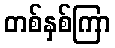
တစ်နှစ်ကြာ